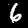
Digit: 6